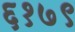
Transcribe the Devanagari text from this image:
६१७९